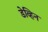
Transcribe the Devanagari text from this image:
डेव्हिन